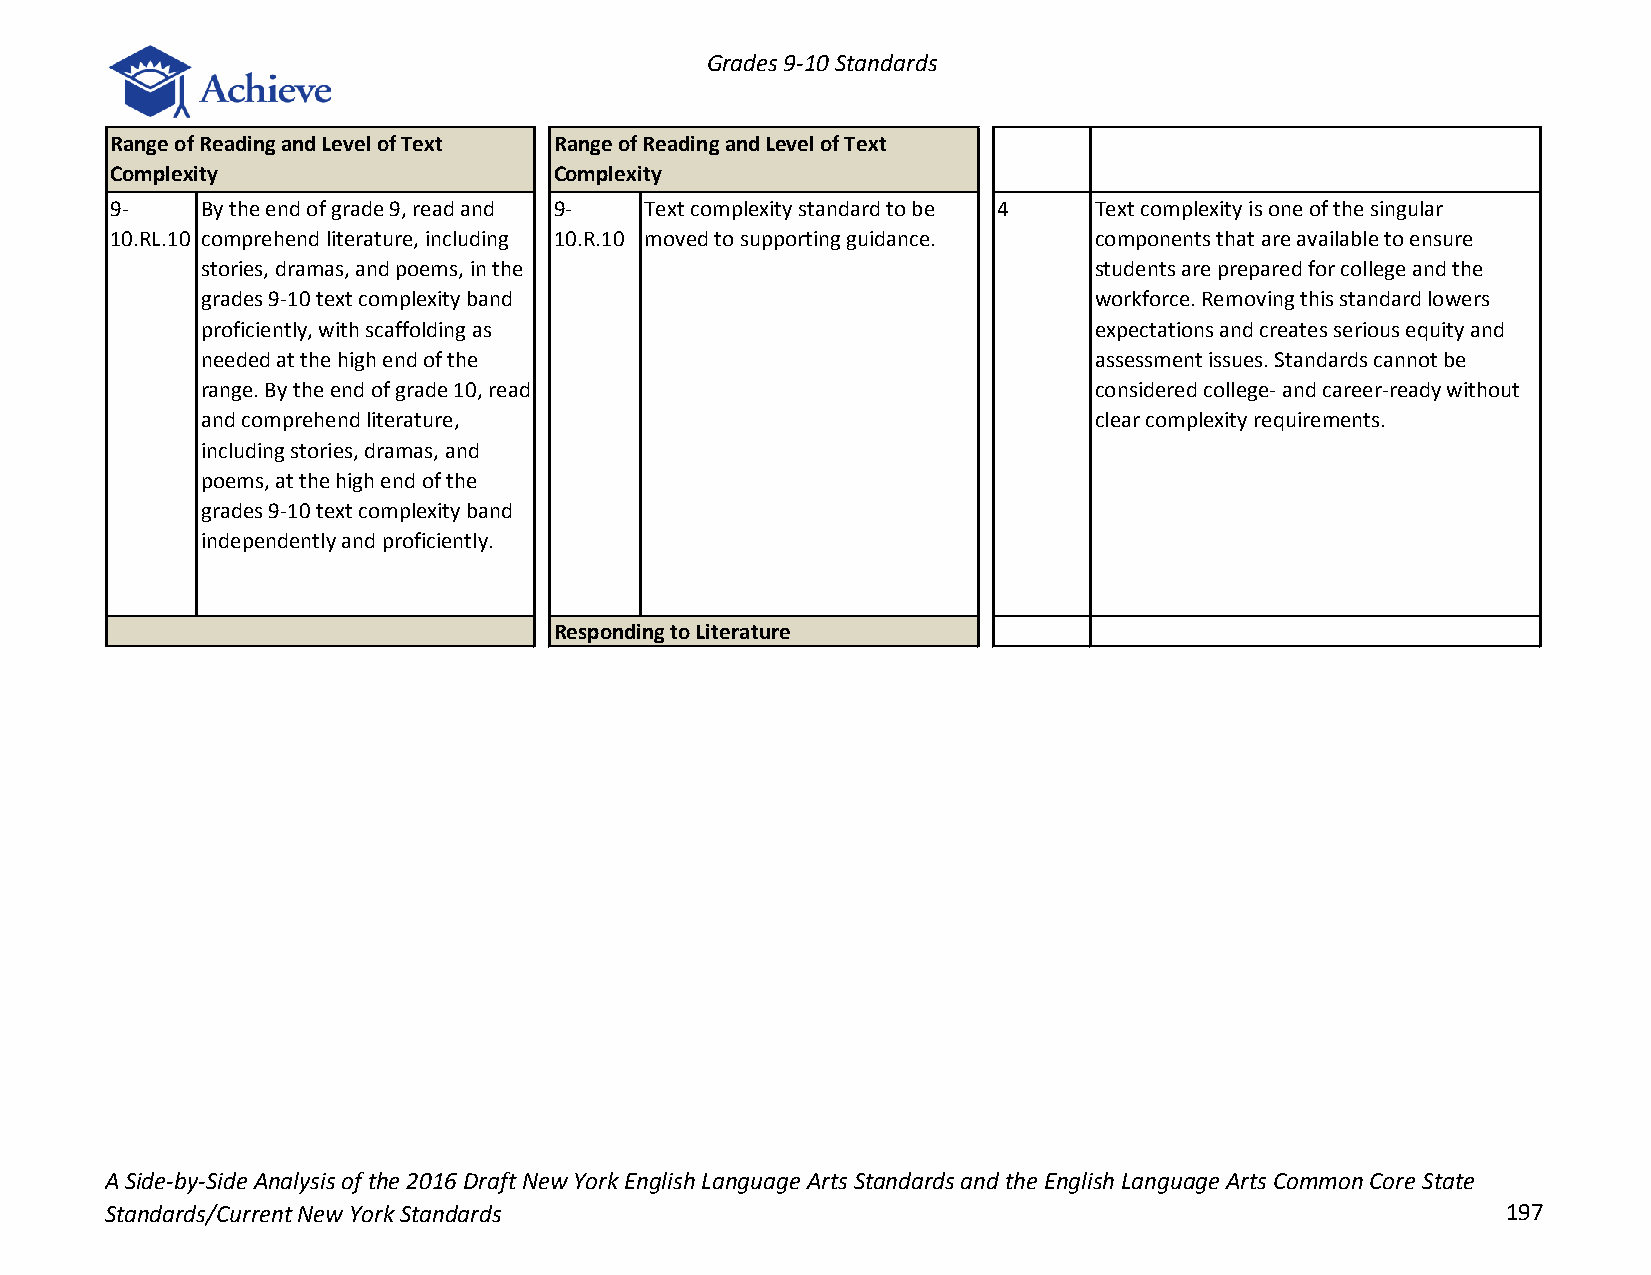
Grades 9-10 Standards
 Range of Reading and Level of Text Range of Reading and Level of Text
 Complexity                    Complexity
 9-    By the end of grade 9, read and 9- Text complexity standard to be 4 Text complexity is one of the singular
 10.RL.10 comprehend literature, including 10.R.10 moved to supporting guidance. components that are available to ensure
 stories, dramas, and poems, in the                         students are prepared for college and the
 grades 9-10 text complexity band                           workforce. Removing this standard lowers
 proficiently, with scaffolding as                          expectations and creates serious equity and
 needed at the high end of the                              assessment issues. Standards cannot be
 range. By the end of grade 10, read                        considered college- and career-ready without
 and comprehend literature,                                 clear complexity requirements.
 including stories, dramas, and
 poems, at the high end of the
 grades 9-10 text complexity band
 independently and proficiently.
 Responding to Literature
 A Side-by-Side Analysis of the 2016 Draft New York English Language Arts Standards and the English Language Arts Common Core State
 Standards/Current New York Standards                                                         197